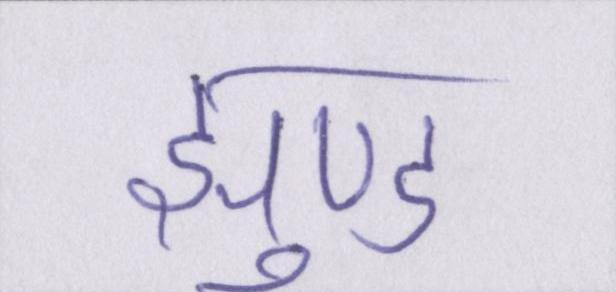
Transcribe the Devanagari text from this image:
झुण्ड